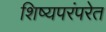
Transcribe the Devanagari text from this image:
शिष्यपरंपरेत